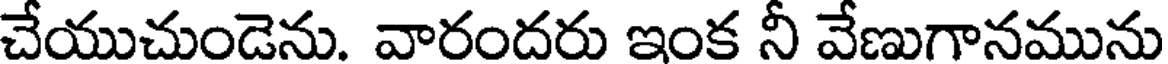
చేయుచుండెను. వారందరు ఇంక నీ వేణుగానమును